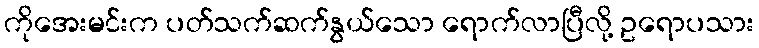
ကိုအေးမင်းက ပတ်သက်ဆက်နွယ်သော ရောက်လာပြီလို့ ဥရောပသား